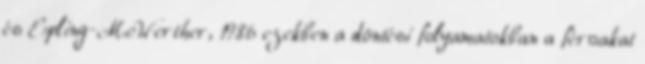
és Epling-McWerther, 1986 ezekben a döntési folyamatokban a férﬁakat